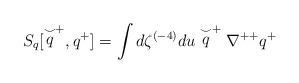
LaTeX: \begin{align*}S_q[\stackrel{\smile}{q}^+,q^+]=\int d\zeta^{(-4)}du\stackrel{\smile}{q}^+\nabla^{++}q^+\end{align*}